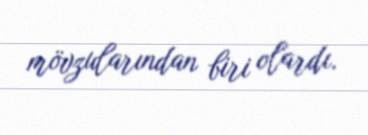
mövzularından biri olardı.